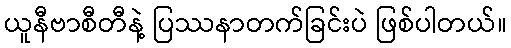
ယူနီဗာစီတီနဲ့ ပြဿနာတက်ခြင်းပဲ ဖြစ်ပါတယ်။